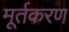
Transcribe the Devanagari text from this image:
मूर्तकरण